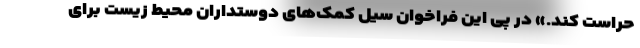
حراست کند.» در پی این فراخوان سیل کمک‌های دوستداران محیط زیست برای